Riigikantselei, lk 12
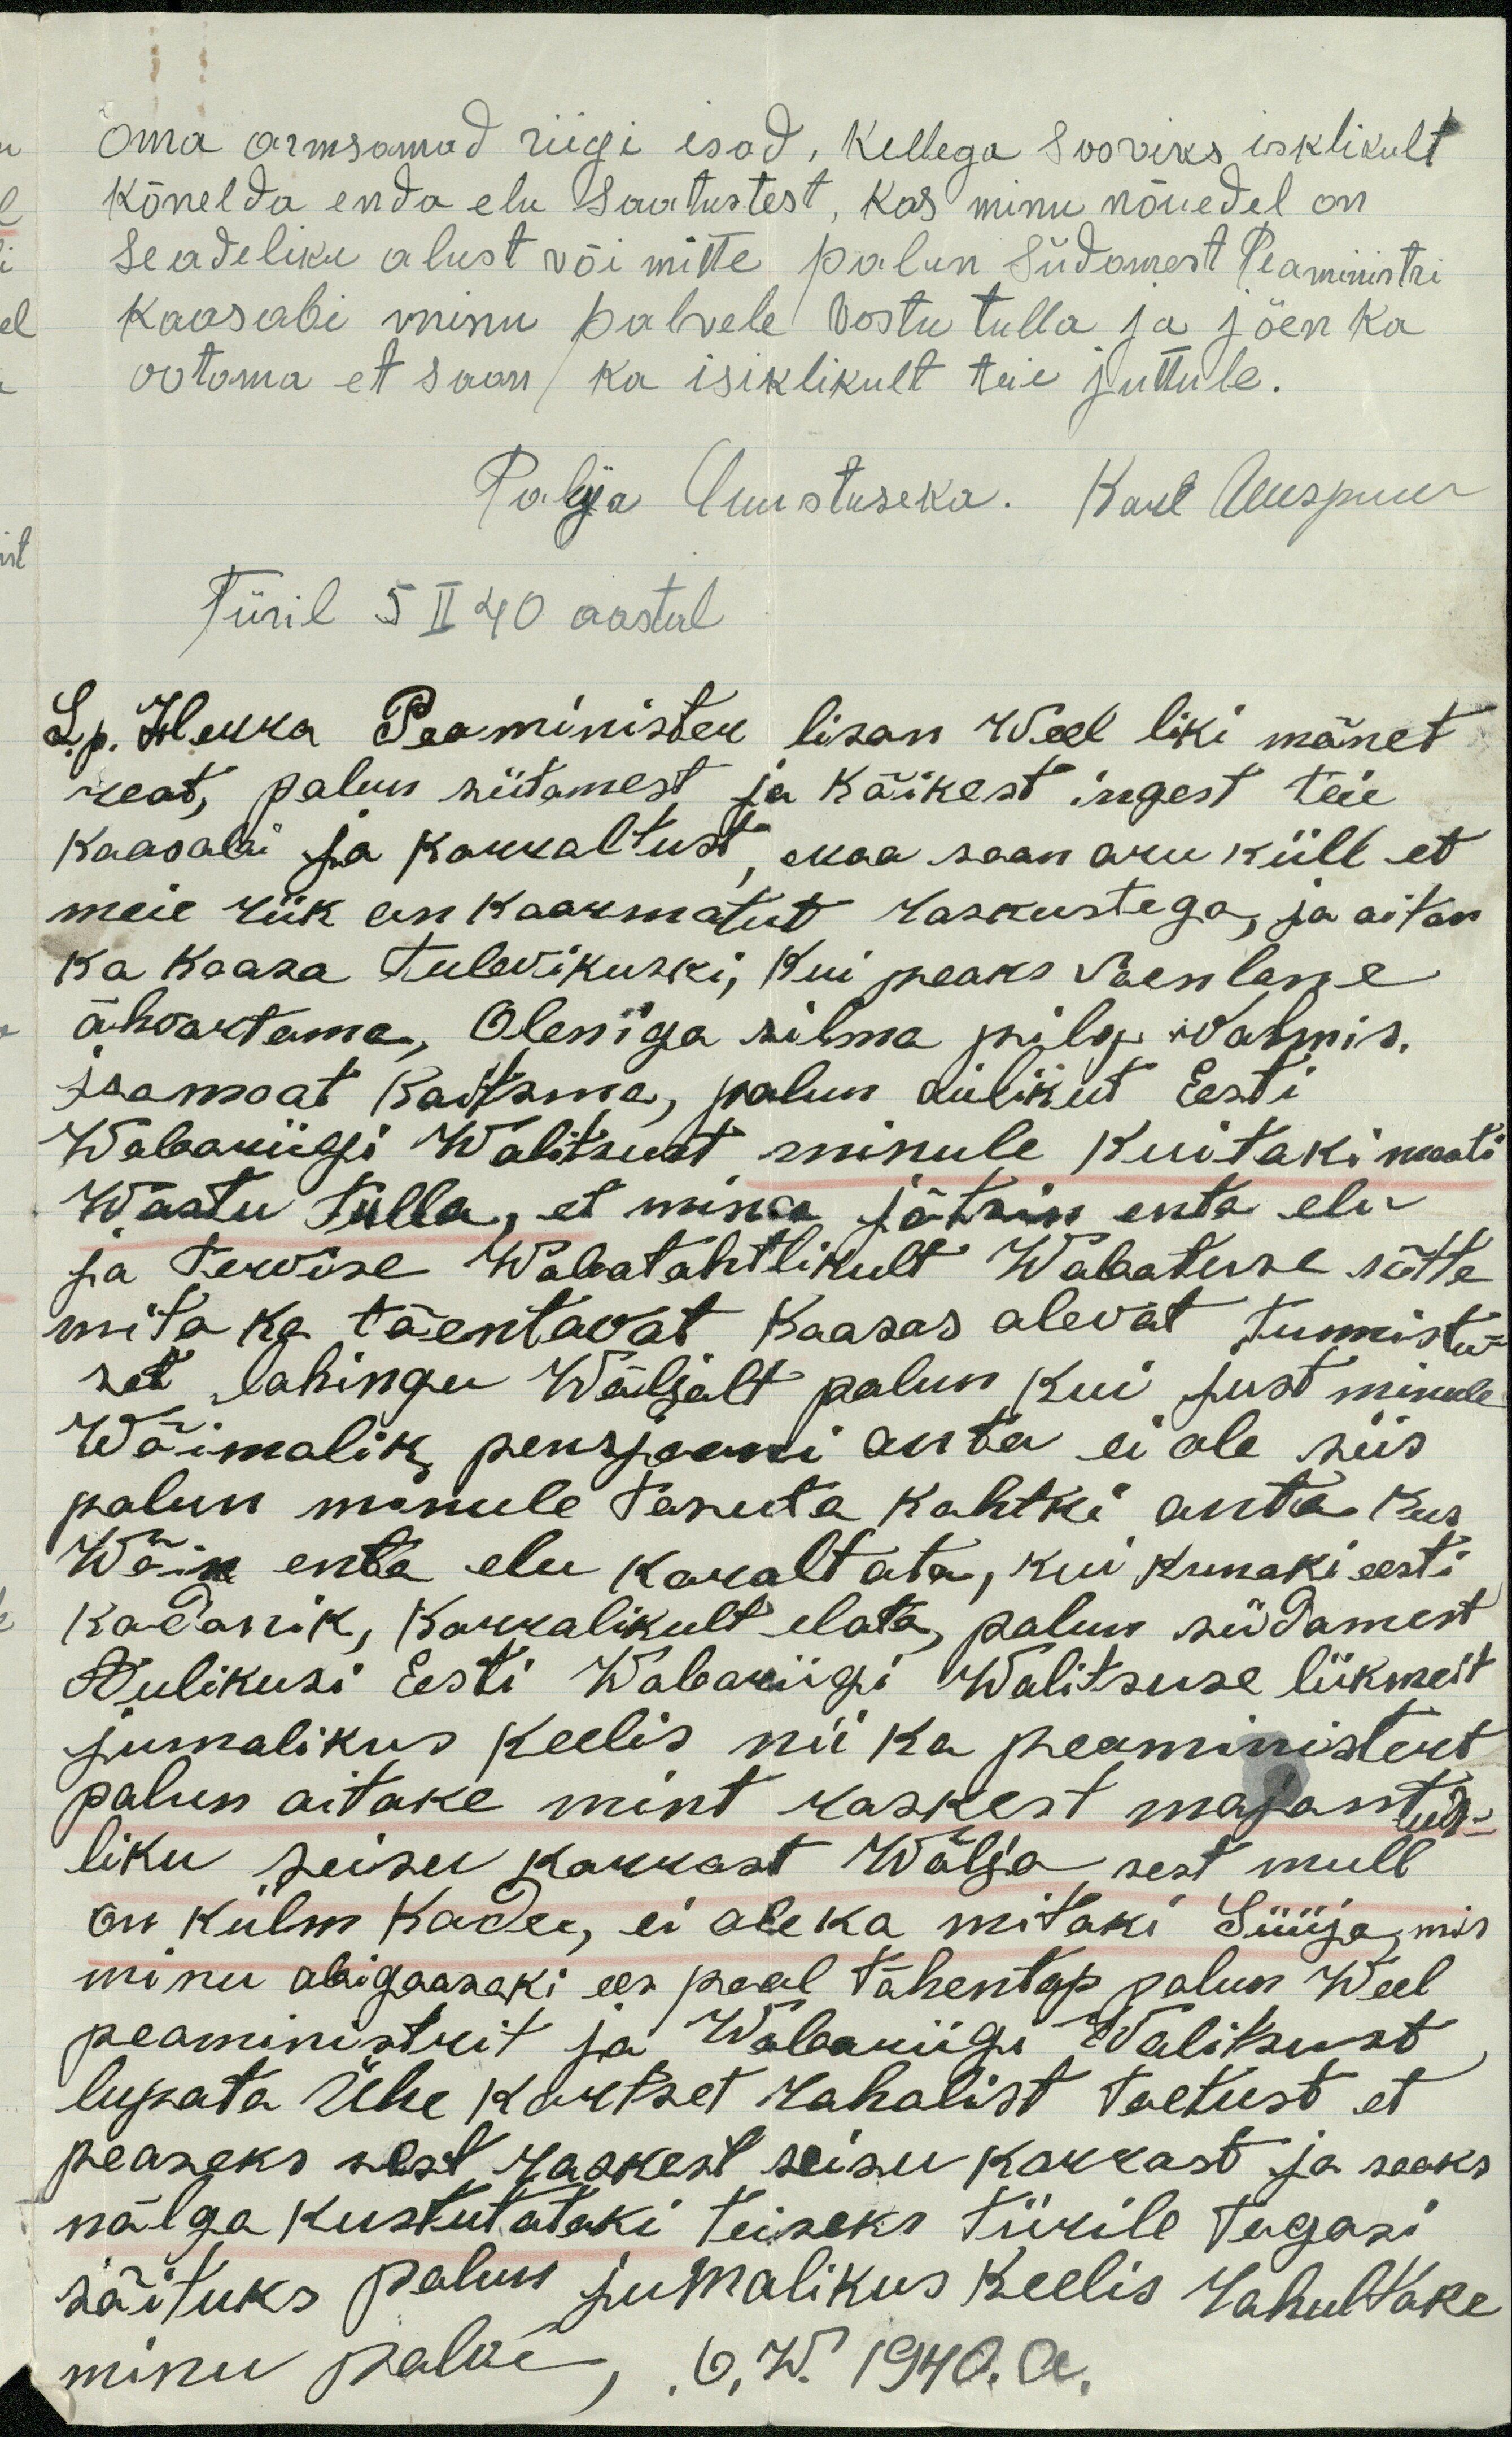
oma armsamad riigi isad, kellega sooviks isklikult
kõnelda enda elu saatustest, kas minu nõuedel on
seadeliku alust või mitte palun Südamest Peaministri
kaasabi minu palvele vostu tulla ja jõen ka
ootoma et saan ka isiklikult teie juttule.
Paluja luuotuseka. Karl Uuspuu
Türil 5 II 40 aastal
Lp. Herra Peaminister lisan Weel liki mõnet
reat, palun sütamest ja kõikest ingest teie
kaasabi ja korraltust, maa saan aru küll et
meie riik on kaarmatut kaskustega, ja aitan
ka kaasa tulevikuski, kui peaks vaenlane
ähvartama, Olen iga silma pilg valmis.
isaamat kaitsma, palun aulikut Eesti
Wabariigi Walitsust minule kuitaki mooti
Wastu tülla, et mina jätsin enta elu
ja Tervise Wabatahtlikult Wabatuse sõtte
mida ka tõentavat kaasas alevat tunnistu
set lahingu Wäljalt palun kui just minule
Wõimalik pensjooni anta ei ole siis
palun minule tasuta kohtki anta kus
Wõik enda elu korraltata, kui kunaki eesti
kodanik, Korralikult elata, palun südamest
Aulikusi Eesti Wabariigi Walitsuse liikmeit
jumalikus keelis nii ka peaministert
palun aitake mint raskest majantus-
liku seisu karrast Wälja sest mull
on külm koder, ei ole ka mitaki Süüja, mis
minu abigaasaki ees peal tähentap palun Weel
peaministrit ja Wabariigi Walitsust
lupata Ühe kortset rahalist toetust et
peaseks sest raskest seisu korrast ja saaks
nälga kustutataki teiseks Türile tagasi
sõituks palun jumalikus keelis rahultake
minu palwe, .O.W 1940.a.